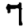
Digit: 7